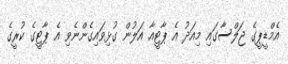
އެމްޑީޕީގެ ޖަލްސާގައި މިއަދު އެ ޕާޓީއާ އަލުން ގުޅިވައިގެންނެވި އެ ޕާޓީގެ ކުރީގެ